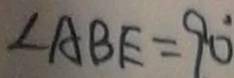
\angle A B E = 9 0 ^ { \circ }